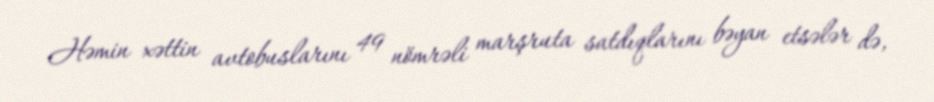
Həmin xəttin avtobuslarını 49 nömrəli marşruta satdıqlarını bəyan etsələr də,